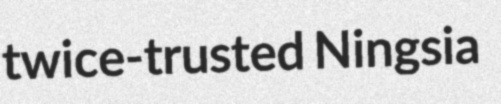
twice-trusted Ningsia